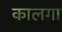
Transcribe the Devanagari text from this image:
कालगा